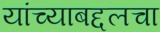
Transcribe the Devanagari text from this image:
यांच्याबद्दलचा